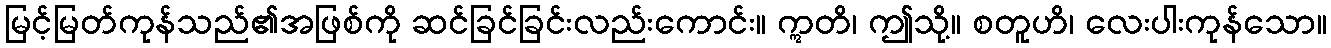
မြင့်မြတ်ကုန်သည်၏အဖြစ်ကို ဆင်ခြင်ခြင်းလည်းကောင်း။ ဣတိ၊ ဤသို့။ စတူဟိ၊ လေးပါးကုန်သော။